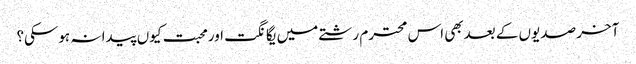
آخر صدیوں کے بعدبھی اس محترم رشتے میں یگانگت اورمحبت کیوں پیدا نہ ہوسکی؟